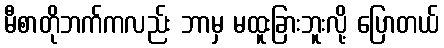
မီစာတိုဘက်ကလည်း ဘာမှ မထူးခြားဘူးလို့ ပြောတယ်